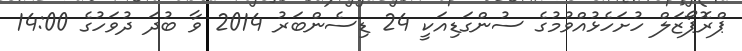
ޕްރޮޕޯޒަލް ހުށަހެޅުއްވުމުގެ ސުންގަޑިއަކީ 24 ޑިސެންބަރު 2014 ވާ ބުދަ ދުވަހުގެ 14:00